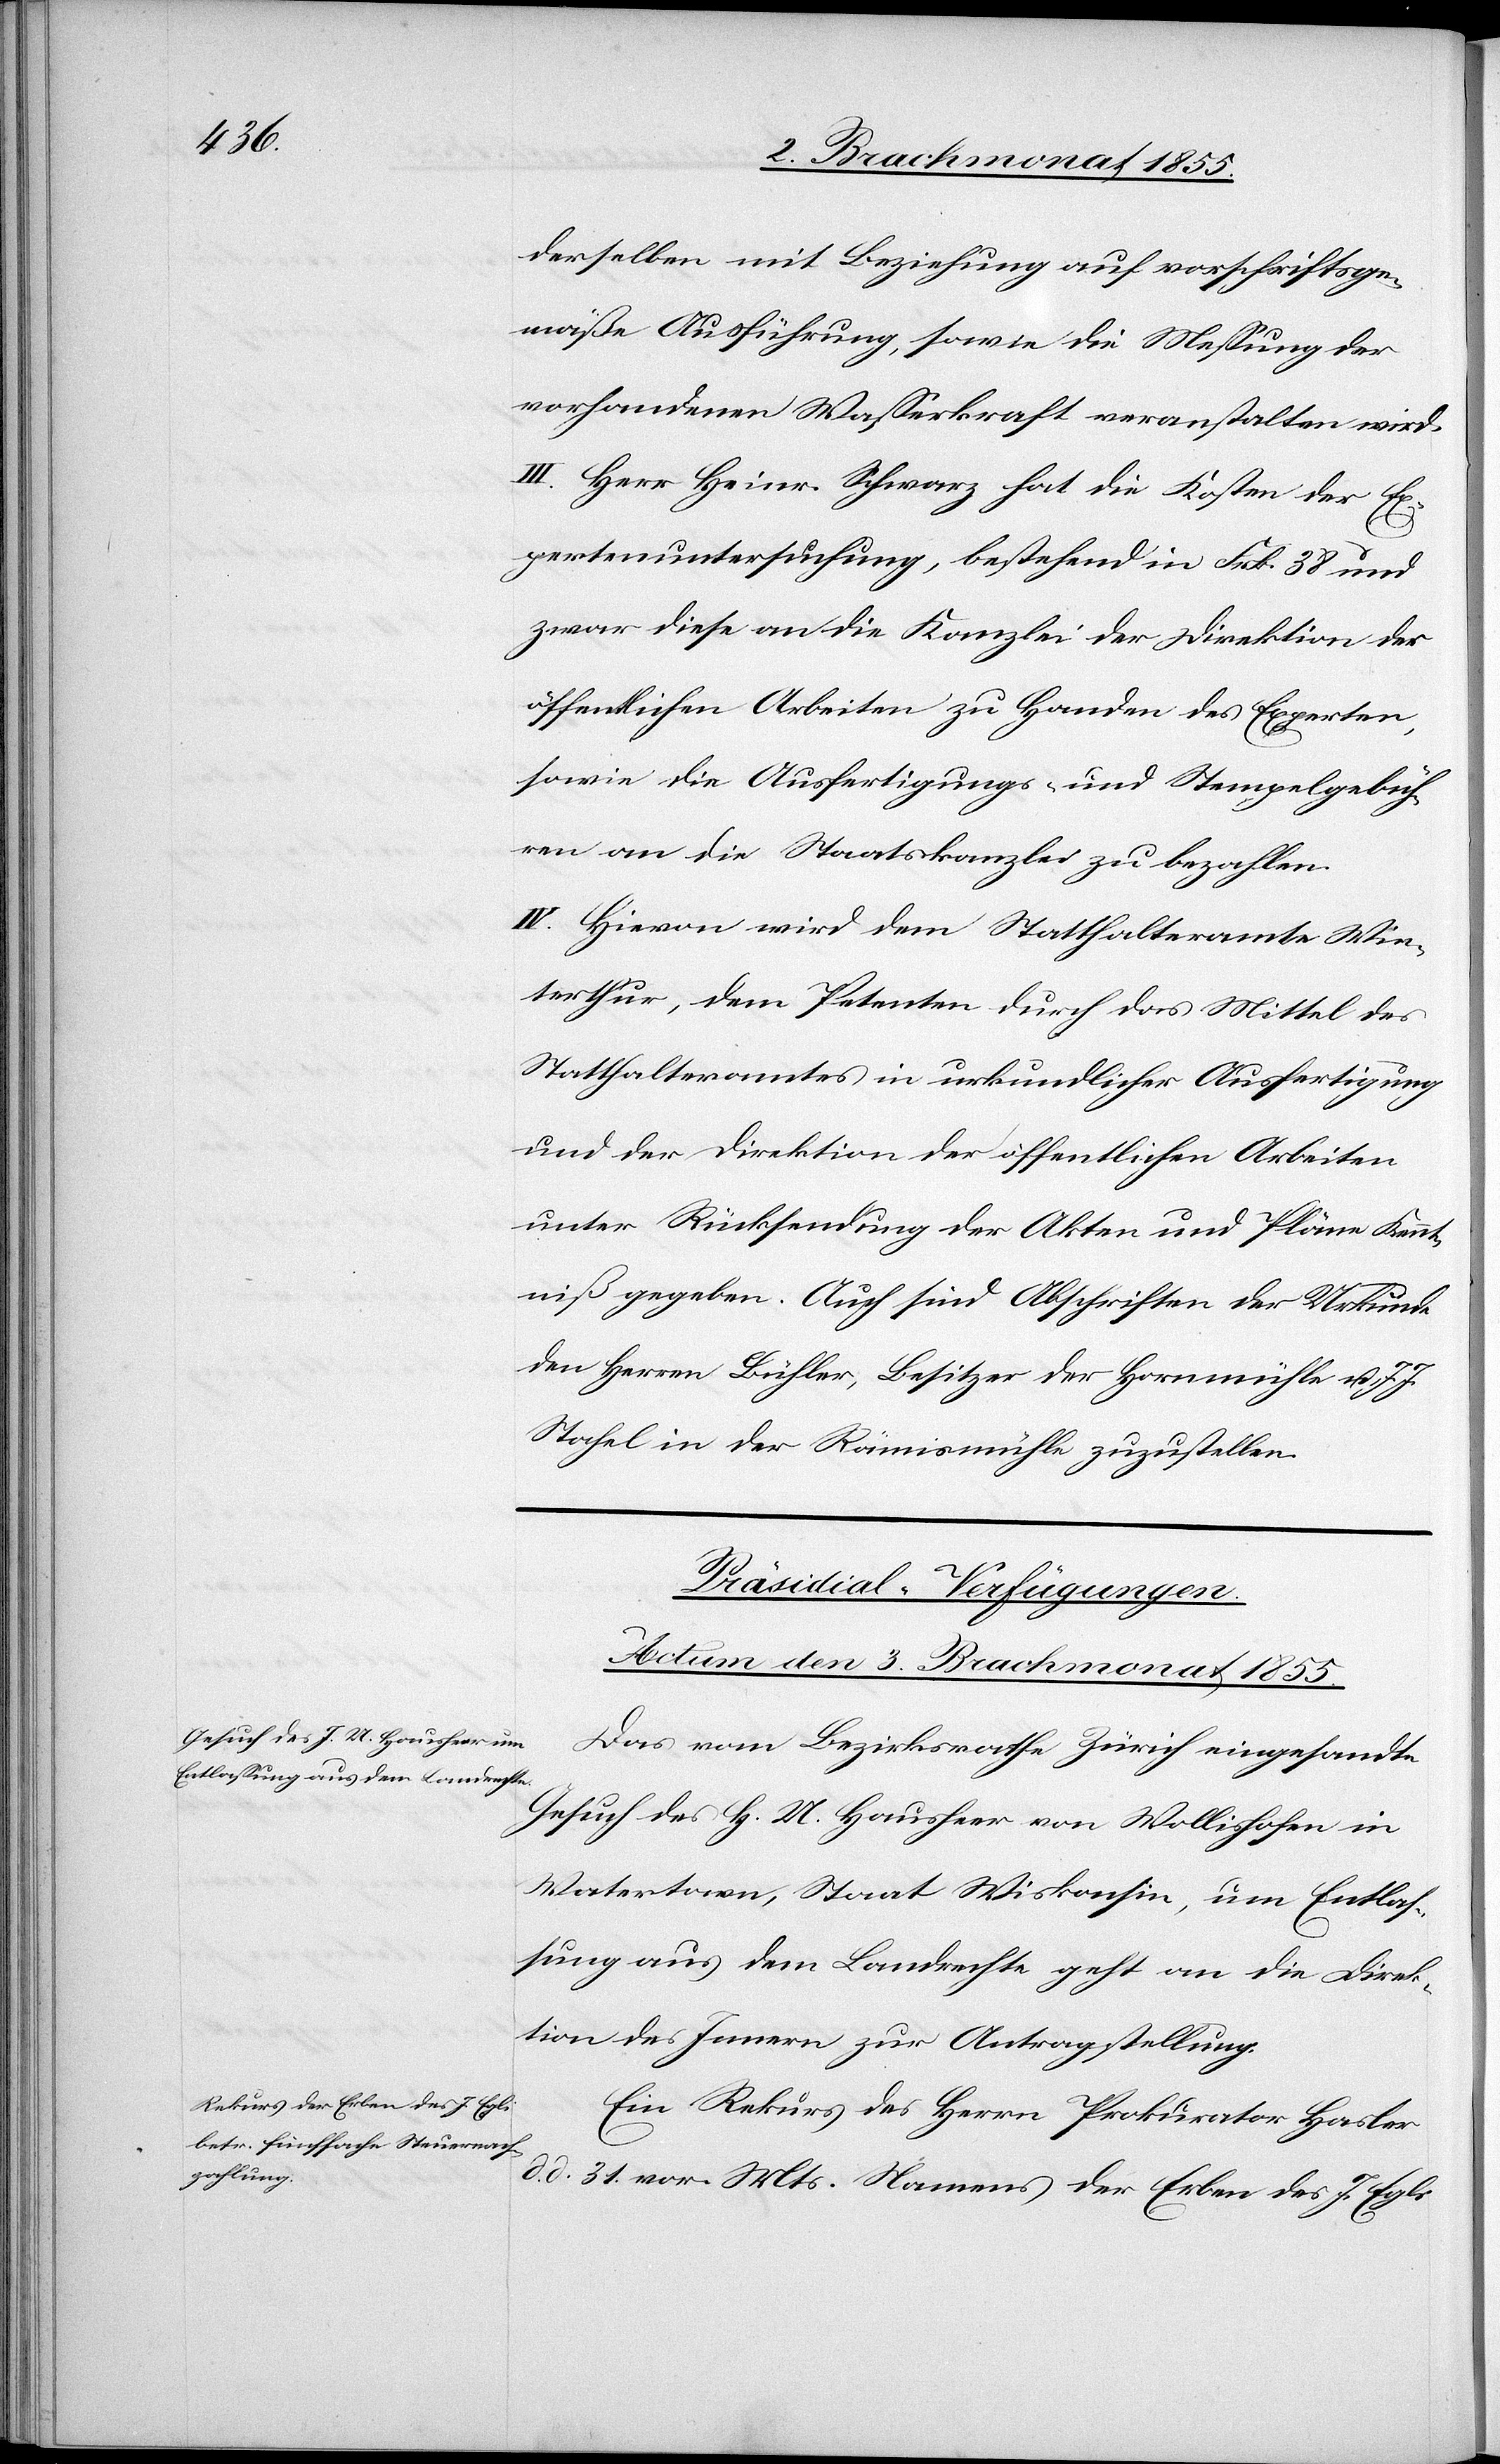
derselben mit Beziehung auf vorschriftsge¬
mäße Ausführung, sowie die Messung der
vorhandenen Wasserkraft veranstalten wird.
III. Herr Heinr. Schwarz hat die Kosten der Ex¬
pertenuntersuchung, bestehend in Frk. 38 und
zwar diese an die Kanzlei der Direktion der
öffentlichen Arbeiten zu Handen des Experten,
sowie die Ausfertigungs- und Stempelgebüh¬
ren an die Staatskanzlei zu bezahlen.
IV. Hievon wird dem Statthalteramte Win¬
terthur, dem Petenten durch das Mittel des
Statthalteramtes in urkundlicher Ausfertigung
und der Direktion der öffentlichen Arbeiten
unter Rücksendung der Akten und Pläne Kennt¬
niß gegeben. Auch sind Abschriften der Urkunde
den Herren Bühler, Besitzer der Hornmühle u. J. J.
Stahel in der Rämismühle zuzustellen.
[Präsidial-Verfügungen.
Actum den 3. Brachmonat 1855.]
Das vom Bezirksrathe Zürich eingesandte
Gesuch des H. U. Hausheer von Wollishofen in
Watertown, Staat Wiskonsin, um Entlas¬
sung aus dem Landrechte geht an die Direk¬
tion des Innern zur Antragstellung.
Ein Rekurs des Herrn Prokurator Hasler
d. 31. vor. Mts. Namens der Erben des J. Egli